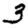
Digit: 3